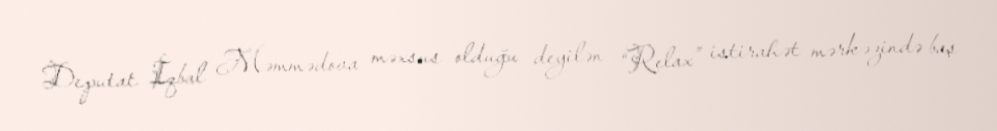
Deputat İqbal Məmmədova məxsus olduğu deyilən “Relax” istirahət mərkəzində baş